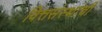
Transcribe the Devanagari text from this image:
वित्तसंस्थांची